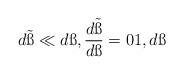
LaTeX: \begin{align*}d\tilde{\ss}\ll d\ss,\frac{d\tilde{\ss}}{d\ss}=01,d\ss\end{align*}